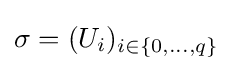
\sigma =(U_{i})_{i\in \{0,\ldots ,q\}}